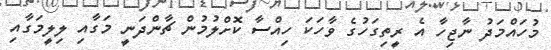
މުހައްމަދު ނާޖިހާ އެ ރީތިގަހުގެ ވާހަކަ ހިއްސާ ކޮށްލުމުން ޗާންދަނީ މަގާާއި ލިލީމަގާއި